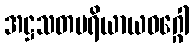
အဋ္ဌသတပရိယာယဝဂ္ဂေါ